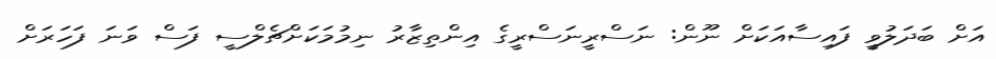
އަށް ބަދަލުވީ ފައިސާއަކަށް ނޫން: ނަސްރީނަސްރީގެ އިންތިޒާރު ނިމުމަކަށްޗެލްސީ ފަސް ވަނަ ފަހަރަށް